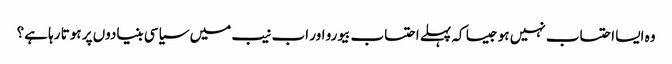
وہ ایسا احتساب نہیں ہو جیسا کہ پہلے احتساب بیورو اور اب نیب میں سیاسی بنیادوں پر ہوتا رہا ہے؟